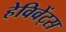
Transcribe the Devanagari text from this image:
हेविवेंट्स